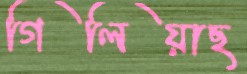
গিলিয়াছ